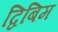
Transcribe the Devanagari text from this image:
द्विबिम